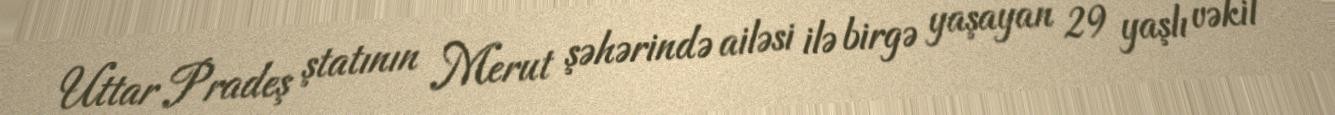
Uttar Pradeş ştatının Merut şəhərində ailəsi ilə birgə yaşayan 29 yaşlı vəkil